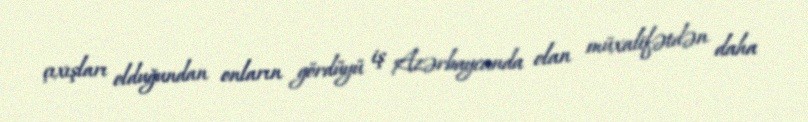
çıxışları olduğundan onların gördüyü iş Azərbaycanda olan müxalifətdən daha